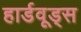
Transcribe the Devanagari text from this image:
हार्डवूड्स